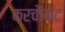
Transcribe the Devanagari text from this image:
करचौकट